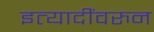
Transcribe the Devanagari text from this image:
इत्यादींवरुन